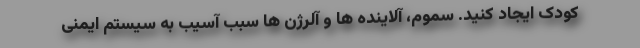
کودک ایجاد کنید. سموم، آلاینده ها و آلرژن ها سبب آسیب به سیستم ایمنی